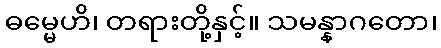
ဓမ္မေဟိ၊ တရားတို့နှင့်။ သမန္နာဂတော၊